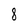
Character: 8